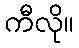
ကီလို။